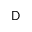
\sf D